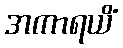
အကာရယိံ